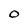
Character: 0